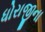
ધોરાજીના